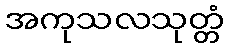
အကုသလသုတ္တံ